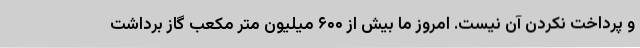
و پرداخت نکردن آن نیست. امروز ما بیش از ۶۰۰ میلیون متر مکعب گاز برداشت